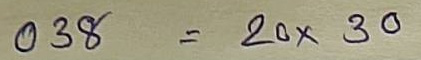
038 = 20 x 30